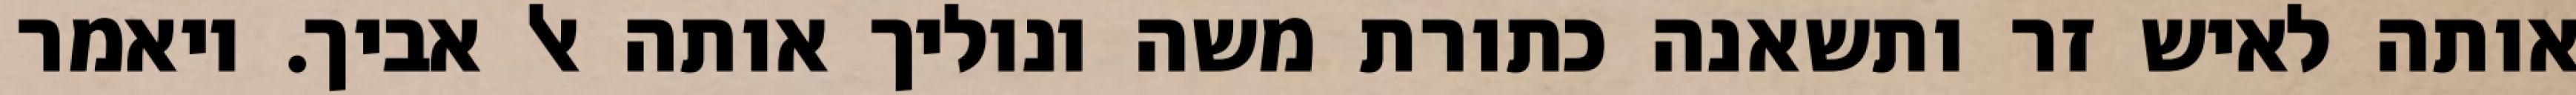
אותה לאיש זר ותשאנה כתורת משה ונוליך אותה אל אביך. ויאמר